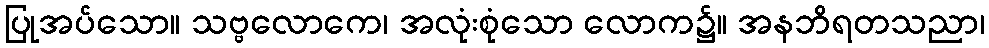
ပြုအပ်သော။ သဗ္ဗလောကေ၊ အလုံးစုံသော လောက၌။ အနဘိရတသညာ၊